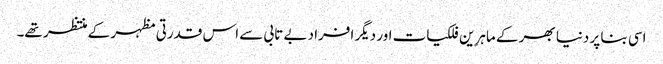
اسی بنا پر دنیا بھر کے ماہرِین فلکیات اور دیگر افراد بے تابی سے اس قدرتی مظہر کے منتظر تھے۔